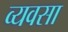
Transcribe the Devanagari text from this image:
व्यवसा